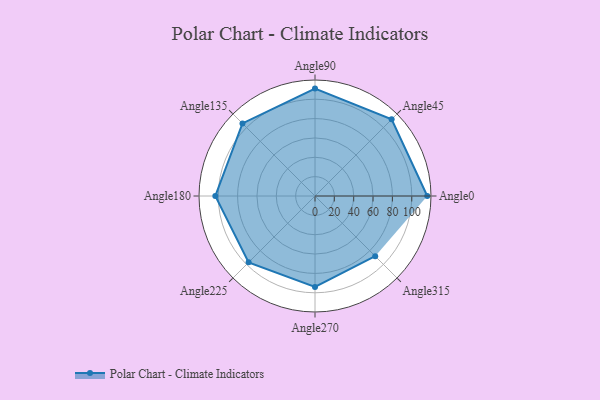
{"axis": {"x": "Angle", "y": "Radius"}, "legend": [""], "data": [{"x": "Angle0", "y": 116.0, "type": ""}, {"x": "Angle45", "y": 112.0, "type": ""}, {"x": "Angle90", "y": 111.0, "type": ""}, {"x": "Angle135", "y": 106.0, "type": ""}, {"x": "Angle180", "y": 103.0, "type": ""}, {"x": "Angle225", "y": 97.0, "type": ""}, {"x": "Angle270", "y": 94.0, "type": ""}, {"x": "Angle315", "y": 88.0, "type": ""}]}